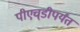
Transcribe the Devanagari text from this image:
पीएच्‌डीपर्यंत